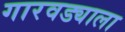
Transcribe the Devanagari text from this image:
गारवड्याला